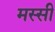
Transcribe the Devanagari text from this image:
मस्सी